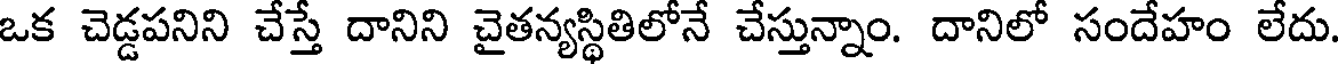
ఒక చెడ్డపనిని చేస్తే దానిని చైతన్యస్థితిలోనే చేస్తున్నాం. దానిలో సందేహం లేదు